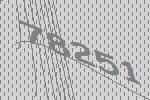
78251